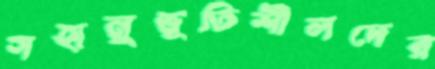
সহানুভূতিশীলদের